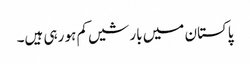
پاکستان میں بارشیں کم ہو رہی ہیں۔